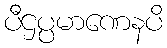
ပီဌပ္ပမာဏေနပိ